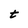
Character: t